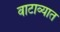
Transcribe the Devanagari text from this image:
वाटाव्यात